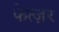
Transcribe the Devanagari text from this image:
फेत्ज़र